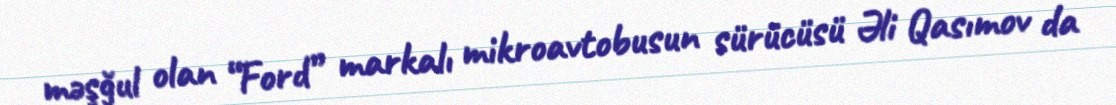
məşğul olan “Ford” markalı mikroavtobusun sürücüsü Əli Qasımov da